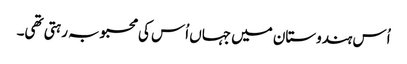
اُس ہندوستان میں جہاں اُس کی محبوبہ رہتی تھی۔